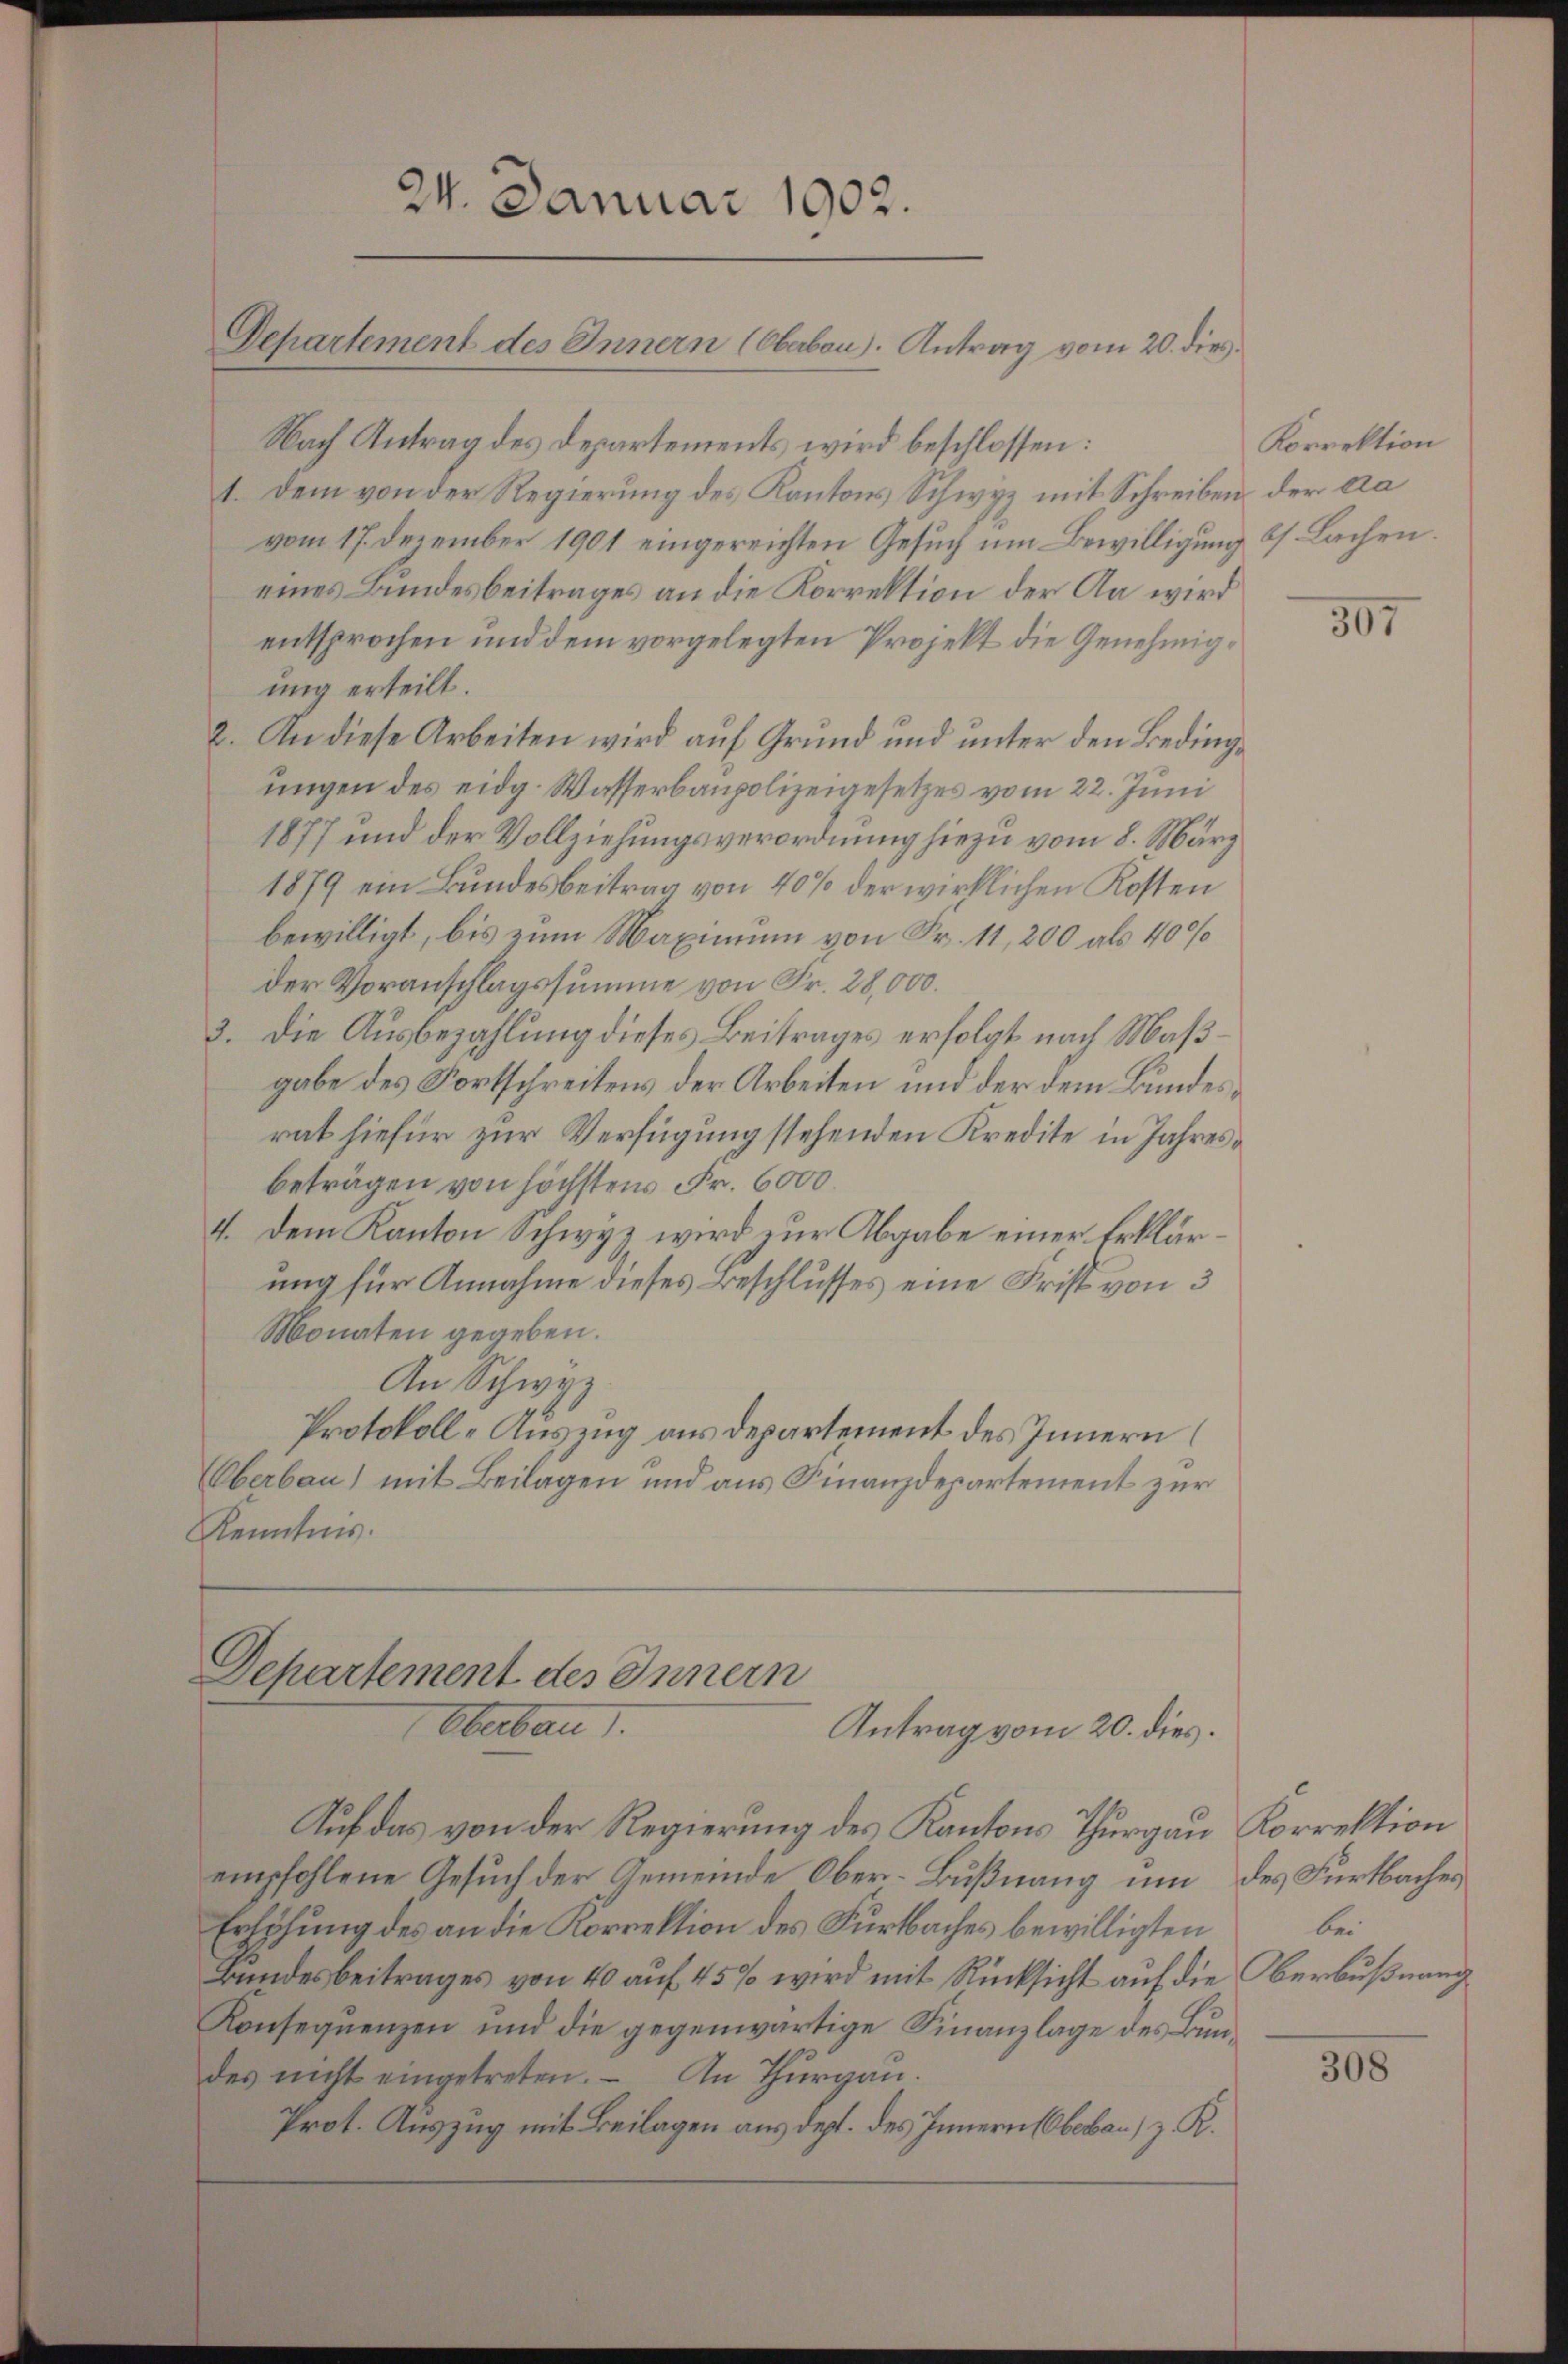
24. Januar 1902.

Departement des Innern (Obabon. Antrag vom 20. dies

Nach Antrag des Departements wird beschlossen:
1. Dem von der Regierung des Kantons Schwyz mit Schreiben der aa
vom 17. Dezember 1901 eingereichten Gesuch um Bewilligung bs. Lachen.
eines Bundesbeitrages an die Korrektion der Aa wird
entsprochen und dem vorgelegten Projekt die Genehmigung erteilt.
2. An diese Arbeiten wird auf Grund und unter den Bedingungen des eidg. Wasserbaupolizeigesetzes vom 22. Juni
1877 und der Vollziehungsverordnung hiezu vom 8. März
1879 ein Bundesbeitrag von 40 % der wirklichen Kosten
bewilligt, bis zum Maximum von Fr. 11, 200 als 400
der Voranschlagssumme von Fr. 28,000.
3. Die Ausbezahlung dieses Beitrages erfolgt nach Maßgabe des Fortschreitens der Arbeiten und der dem Bundesrat hiefür zur Verfügung stehenden Kredite in Jahresbeträgen von höchstens Fr. 6000.
4. Dem Kanton Schwyz wird zur Abgabe einer Erklärung für Annahme dieses Beschlusses eine Frist von 3
Monaten gegeben.
An Schwyz.
Protokoll-Auszug aus departement des Innern
Oberbau) mit Beilagen und aus Finanzdepartement zur
Kenntnis.

Departement des Innern
Oberbau
Antrag vom 20. dies

Auf das von der Regierung des Kantons Thurgau Korrektion
empfohlene Gesuch der Gemeinde Ober-Bußnang um des Furtbaches
Erhöhung des an die Korrektion des Furbaches bewilligten
Bundesbeitrages von 40 auf 45 % wird mit Rücksicht auf die Oberbußnang
Konsequenzen und die gegenwärtige Finanzlage des Bundes nicht eingetreten. An Thurgau.
Prot. Auszug mit Beilagen aus dept. des Innern (Oberbar, z. R.

Korrektion

307

bei

308